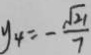
y _ { 4 } = - \frac { \sqrt { 2 1 } } { 7 }